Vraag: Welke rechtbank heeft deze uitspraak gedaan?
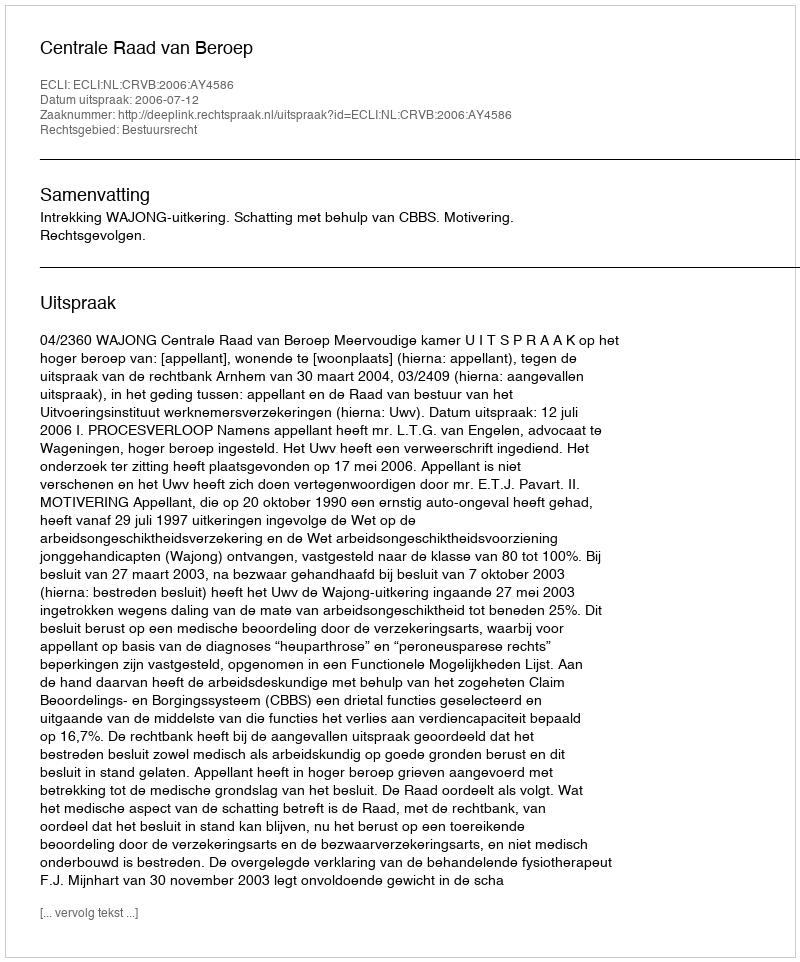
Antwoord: Centrale Raad van Beroep